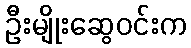
ဦးမျိုးဆွေဝင်းက